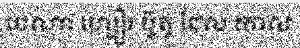
បេណា ហ្សៀរ ប៊ូតូ ដែល កាល